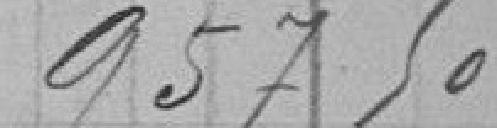
957,50